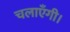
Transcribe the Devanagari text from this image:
चलाएँगी।